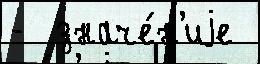
-  значе́н'иjе